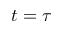
t = \tau